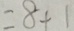
= 8 + 1